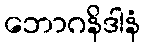
ဘောဂနိဒါနံ